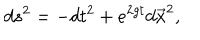
LaTeX: d s ^ { 2 } = - d t ^ { 2 } + e ^ { 2 g t } d \vec { x } ^ { 2 } ,